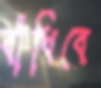
বাঁধিবে